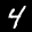
Label: 4